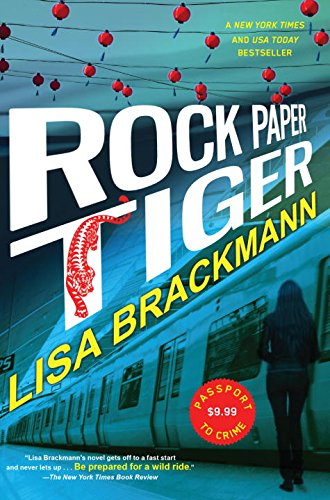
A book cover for Rock Paper Tiger (An Ellie McEnroe Novel); Lisa Brackmann; Literature & Fiction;